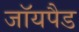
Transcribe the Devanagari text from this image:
जॉयपैड